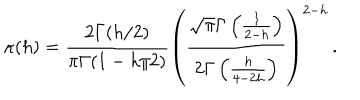
\kappa ( h ) = \frac { 2 \Gamma ( h / 2 ) } { \pi \Gamma ( 1 - h / 2 ) } \left( \frac { \sqrt { \pi } \Gamma \left( \frac { 1 } { 2 - h } \right) } { 2 \Gamma \left( \frac { h } { 4 - 2 h } \right) } \right) ^ { 2 - h } \, .